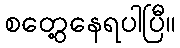
စတွေ့နေရပါပြီ။